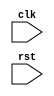
module reset_block (
    input wire clk,
    input wire rst,
    // declare other input/output signals here

);

// reset block triggered on negedge of rst
always @(negedge rst) begin
    // perform reset operations here
    // e.g. reset state machines, initialize registers, reconfigure system parameters
end

// other design logic goes here

endmodule